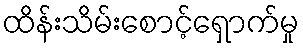
ထိန်းသိမ်းစောင့်ရှောက်မှု